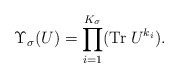
\begin{align*}\Upsilon_{\sigma} (U) = \prod_{i=1}^{K_\sigma} ({\rm Tr}\; U^{k_i}).\end{align*}